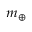
\scriptstyle m _ { \oplus }